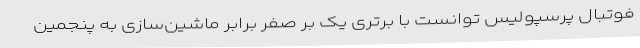
فوتبال پرسپولیس توانست با برتری یک بر صفر برابر ماشین‌سازی به پنجمین